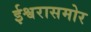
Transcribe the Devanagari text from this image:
ईश्वरासमोर